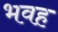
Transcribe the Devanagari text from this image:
भवह